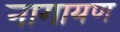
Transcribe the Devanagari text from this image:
नागायण